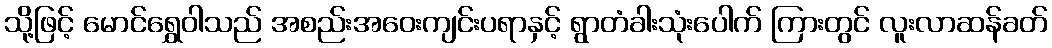
သို့ဖြင့် မောင်ရွှေဝါသည် အစည်းအဝေးကျင်းပရာနှင့် ရွာတံခါးသုံးပေါက် ကြားတွင် လူးလာဆန်ခတ်